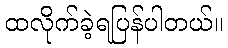
ထလိုက်ခဲ့ရပြန်ပါတယ်။